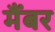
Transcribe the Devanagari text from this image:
मैंबर